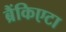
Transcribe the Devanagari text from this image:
ब्रैंकिएटा